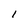
Character: I